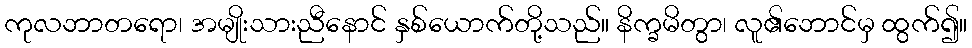
ကုလဘာတရော၊ အမျိုးသားညီနောင် နှစ်ယောက်တို့သည်။ နိက္ခမိတွာ၊ လူ၏ဘောင်မှ ထွက်၍။